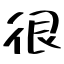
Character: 很